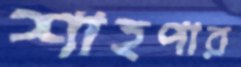
শাহপার